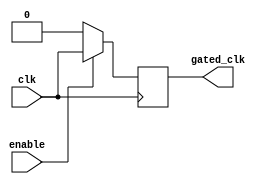
module clock_gating_buffer (
    input wire clk,          // Primary clock input
    input wire enable,       // Control signal to enable/disable clock
    output reg gated_clk     // Gated clock output
);

// Always block to control the gated clock based on the enable signal
always @(posedge clk) begin
    if (enable) begin
        gated_clk <= clk;   // Pass through the input clock when enabled
    end else begin
        gated_clk <= 1'b0;  // Gated off (low) when disabled
    end
end

endmodule